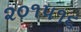
૨૦૧૫૧૬